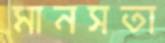
মানসতা